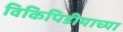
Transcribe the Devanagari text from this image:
विकिपिडीयाच्या